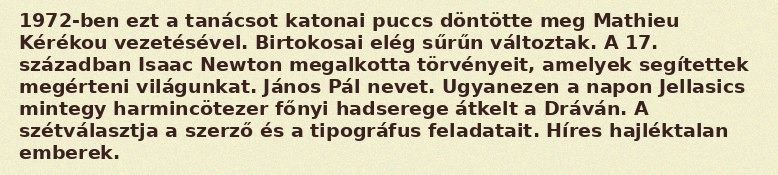
1972-ben ezt a tanácsot katonai puccs döntötte meg Mathieu Kérékou vezetésével. Birtokosai elég sűrűn változtak. A 17. században Isaac Newton megalkotta törvényeit, amelyek segítettek megérteni világunkat. János Pál nevet. Ugyanezen a napon Jellasics mintegy harmincötezer főnyi hadserege átkelt a Dráván. A szétválasztja a szerző és a tipográfus feladatait. Híres hajléktalan emberek.